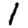
Digit: 1